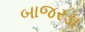
બાજરડા